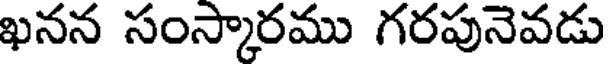
ఖనన సంస్కారము గరపునెవడు